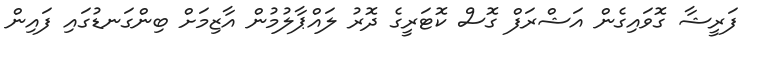
ފަރީޝާ ގޮވައިގެން އަޝްރަފް ގޮސް ކޮޓަރީގެ ދޮރު ލައްޕާލުމުން އާޒިމަށް ބިންގަނޑުގައި ފައިން